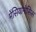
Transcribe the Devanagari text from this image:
मेंसियानोसिस